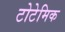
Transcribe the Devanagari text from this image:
टोटेमिक